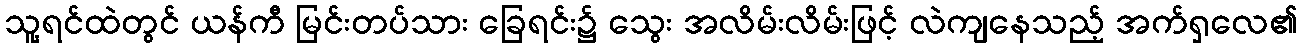
သူ့ရင်ထဲတွင် ယန်ကီ မြင်းတပ်သား ခြေရင်း၌ သွေး အလိမ်းလိမ်းဖြင့် လဲကျနေသည့် အက်ရှလေ၏